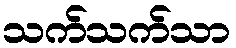
သက်သက်သာ